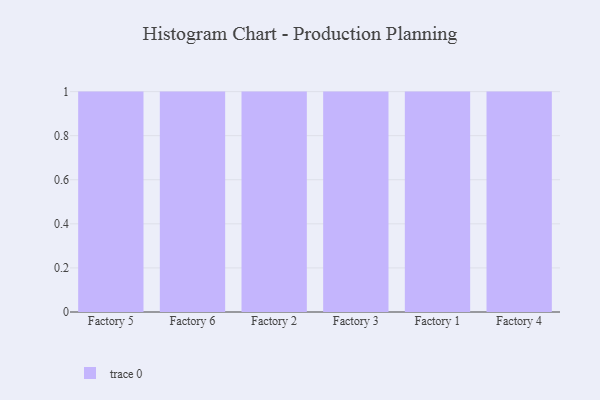
{"axis": {"x": "Factory", "y": "Customer Acquisition Cost (USD)"}, "legend": [""], "data": [{"x": "Factory 5", "y": 73, "type": ""}, {"x": "Factory 6", "y": 55, "type": ""}, {"x": "Factory 2", "y": 69, "type": ""}, {"x": "Factory 3", "y": 41, "type": ""}, {"x": "Factory 1", "y": 10, "type": ""}, {"x": "Factory 4", "y": 66, "type": ""}]}